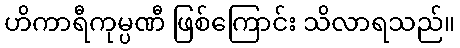
ဟိကာရီကုမ္ပဏီ ဖြစ်ကြောင်း သိလာရသည်။